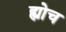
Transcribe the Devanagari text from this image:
ह्योच